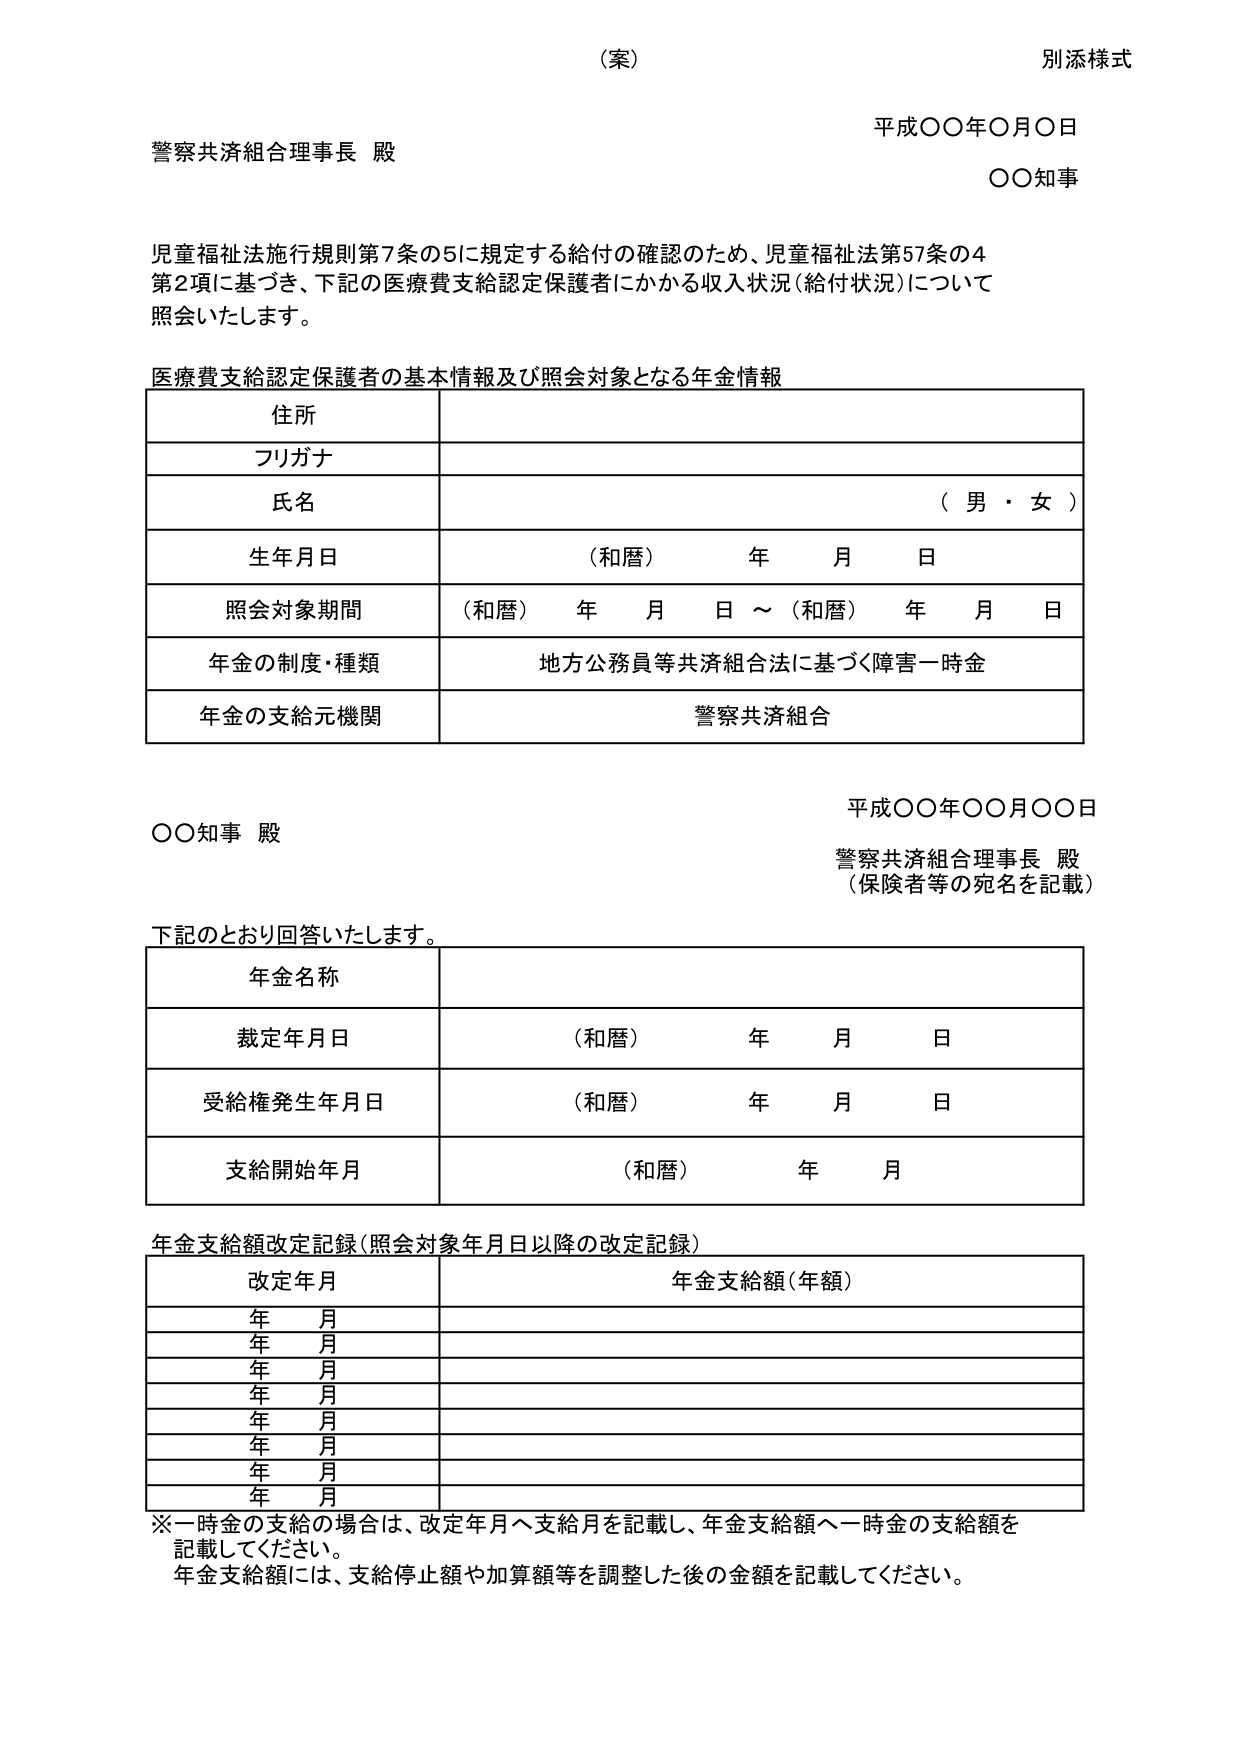
（案）
別添様式

平成〇〇年〇月〇日
警察共済組合理事長 殿
〇〇知事

児童福祉法施行規則第7条の5に規定する給付の確認のため、児童福祉法第57条の4
第2項に基づき、下記の医療費支給認定保護者にかかる収入状況（給付状況）について
照会いたします。

医療費支給認定保護者の基本情報及び照会対象となる年金情報

住所
フリガナ
氏名 （男・女）
生年月日 （和暦） 年 月 日
照会対象期間 （和暦） 年 月 日 ～ （和暦） 年 月 日
年金の制度・種類 地方公務員等共済組合法に基づく障害一時金
年金の支給元機関 警察共済組合

平成〇〇年〇〇月〇〇日
〇〇知事 殿
警察共済組合理事長 殿
（保険者等の宛名を記載）

下記のとおり回答いたします。

年金名称
裁定年月日 （和暦） 年 月 日
受給権発生年月日 （和暦） 年 月 日
支給開始年月 （和暦） 年 月

年金支給額改定記録（照会対象年月日以降の改定記録）

改定年月 年金支給額（年額）
年 月
年 月
年 月
年 月
年 月
年 月
年 月
年 月

※一時金の支給の場合は、改定年月へ支給月を記載し、年金支給額へ一時金の支給額を
記載してください。
年金支給額には、支給停止額や加算額等を調整した後の金額を記載してください。